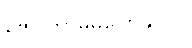
ဇော် ဘာမှမပြောနိုင်ပါ။